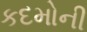
કદમોની